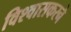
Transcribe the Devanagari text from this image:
विश्वासकरने